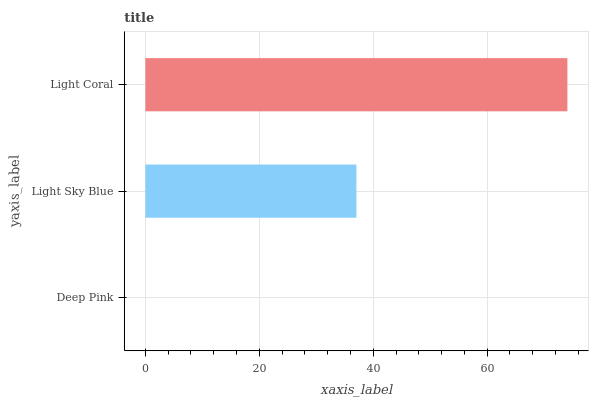
| yaxis_label | bars |
 | --- | --- |
 | Deep Pink | 0 |
 | Light Sky Blue | 37 |
 | Light Coral | 74.1 |